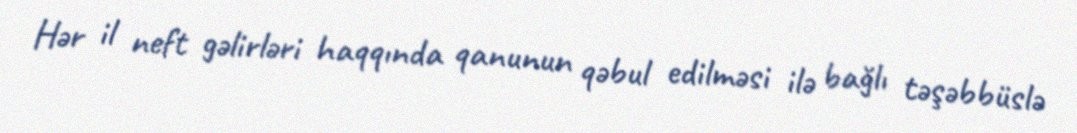
Hər il neft gəlirləri haqqında qanunun qəbul edilməsi ilə bağlı təşəbbüslə